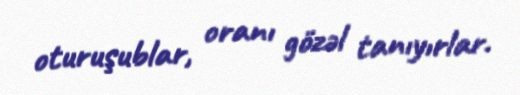
oturuşublar, oranı gözəl tanıyırlar.